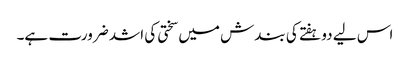
اس لیے دو ہفتے کی بندش میں سختی کی اشد ضرورت ہے۔